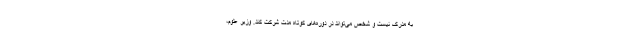
به مدرک نیست و شخص می‌تواند در دوره‌های کوتاه مدت شرکت کند. وزیر علوم،